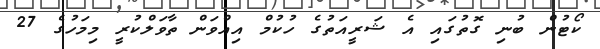
ކޯޓުން ބުނި ގޮތުގައި އެ ޝަރީއަތުގެ ހުކުމް އިއްވަން ތާވަލްކުރީ މިމަހުގެ 27